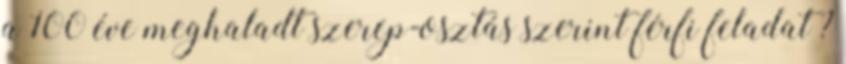
a 100 éve meghaladt szerep-osztás szerint férfi feladat ?